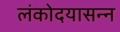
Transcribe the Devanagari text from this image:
लंकोदयासन्न